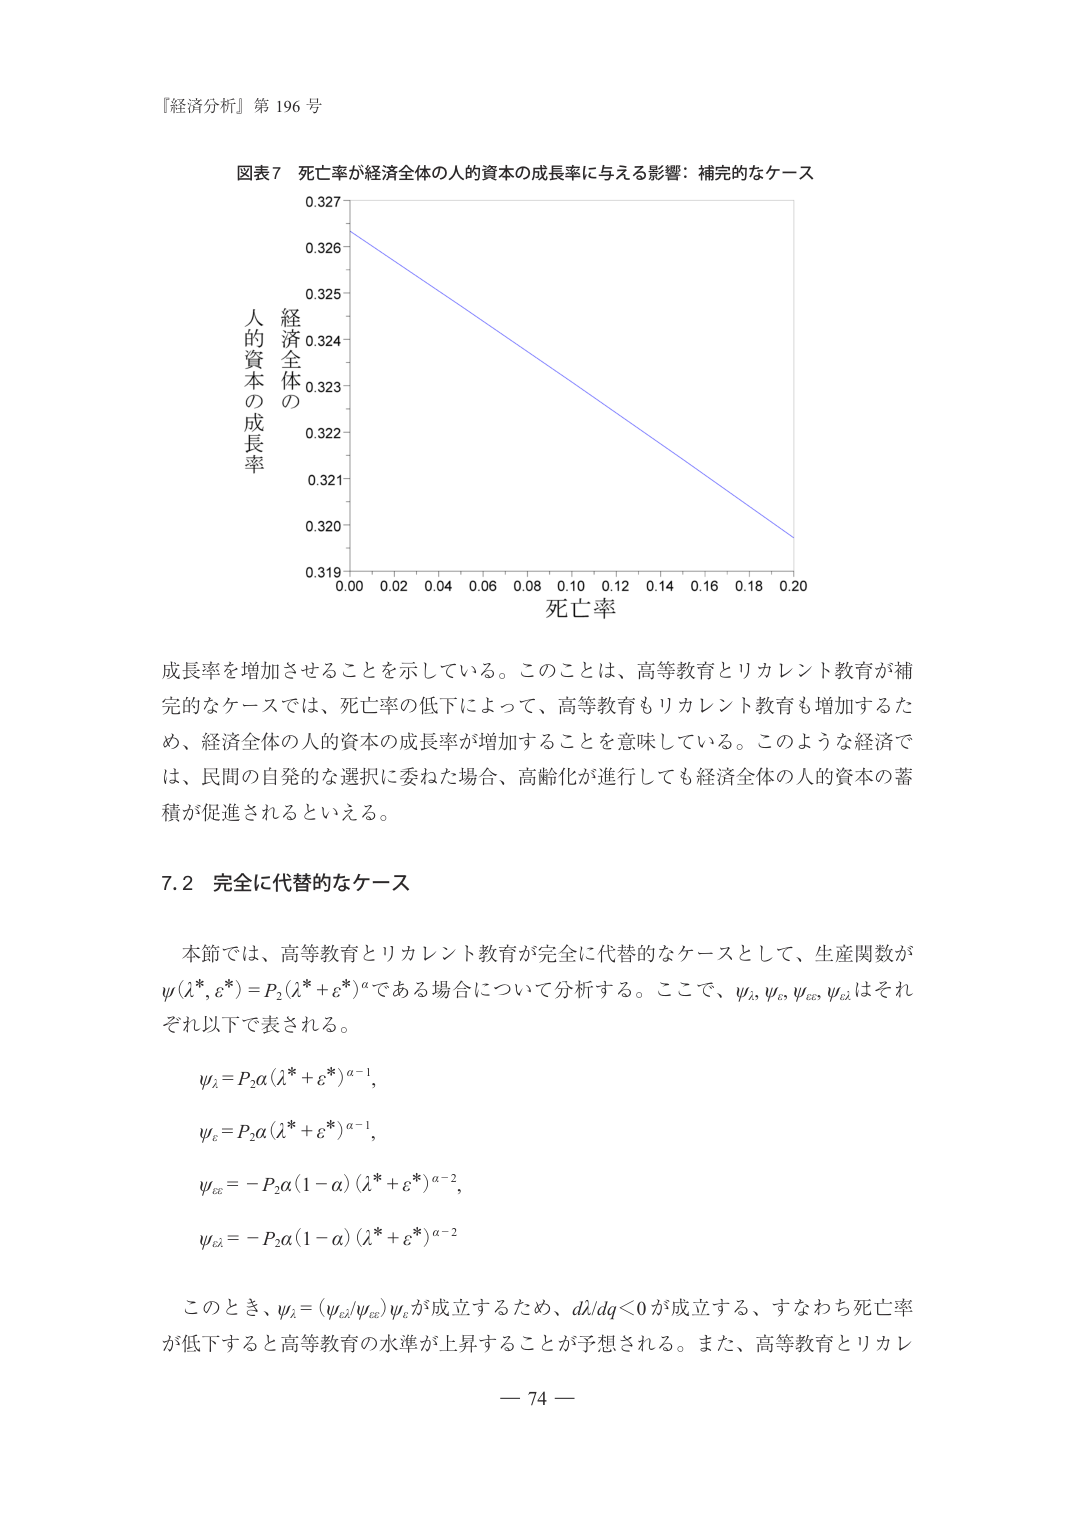
『経済分析』第 196 号

図表7 死亡率が経済全体の人的資本の成長率に与える影響：補完的なケース

経済全体の
人的資本の成長率
0.327
0.326
0.325
0.324
0.323
0.322
0.321
0.320
0.319
0.00 0.02 0.04 0.06 0.08 0.10 0.12 0.14 0.16 0.18 0.20
死亡率

成長率を増加させることを示している。このことは、高等教育とリカレント教育が補完的なケースでは、死亡率の低下によって、高等教育もリカレント教育も増加するため、経済全体の人的資本の成長率が増加することを意味している。このような経済では、民間の自発的な選択に委ねた場合、高齢化が進行しても経済全体の人的資本の蓄積が促進されるといえる。

7.2 完全に代替的なケース

本節では、高等教育とリカレント教育が完全に代替的なケースとして、生産関数が
ψ(λ*, ε*) = P₂(λ* + ε*)^α である場合について分析する。ここで、ψ_λ, ψ_ε, ψ_εε, ψ_ελ はそれぞれ以下で表される。

ψ_λ = P₂α(λ* + ε*)^{α-1},

ψ_ε = P₂α(λ* + ε*)^{α-1},

ψ_εε = -P₂α(1-α)(λ* + ε*)^{α-2},

ψ_ελ = -P₂α(1-α)(λ* + ε*)^{α-2}

このとき、ψ_λ = (ψ_ελ / ψ_εε)ψ_ε が成立するため、dλ/dq < 0 が成立する、すなわち死亡率が低下すると高等教育の水準が上昇することが予想される。また、高等教育とリカレ

— 74 —